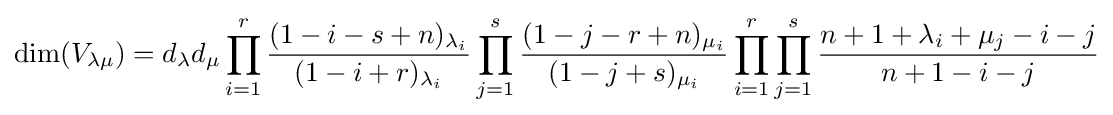
\dim(V_{\lambda \mu })=d_{\lambda }d_{\mu }\prod _{i=1}^{r}{\frac {(1-i-s+n)_{\lambda _{i}}}{(1-i+r)_{\lambda _{i}}}}\prod _{j=1}^{s}{\frac {(1-j-r+n)_{\mu _{i}}}{(1-j+s)_{\mu _{i}}}}\prod _{i=1}^{r}\prod _{j=1}^{s}{\frac {n+1+\lambda _{i}+\mu _{j}-i-j}{n+1-i-j}}